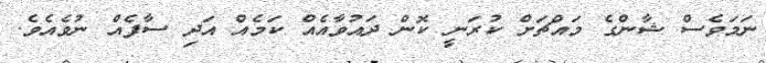
ނަމަވެސް ޝާންގެ މައްޗަށް ކުރަނީ ކޮން ދައުވާއެއް ކަމެއް އަދި ސާފެއް ނުވެއެވެ.